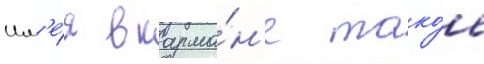
Им'е́я в карма́н'е тако́е